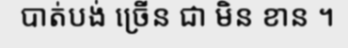
បាត់បង់ ច្រើន ជា មិន ខាន ។